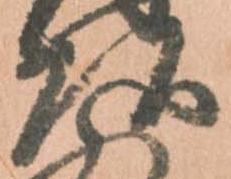
頭